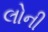
લોની